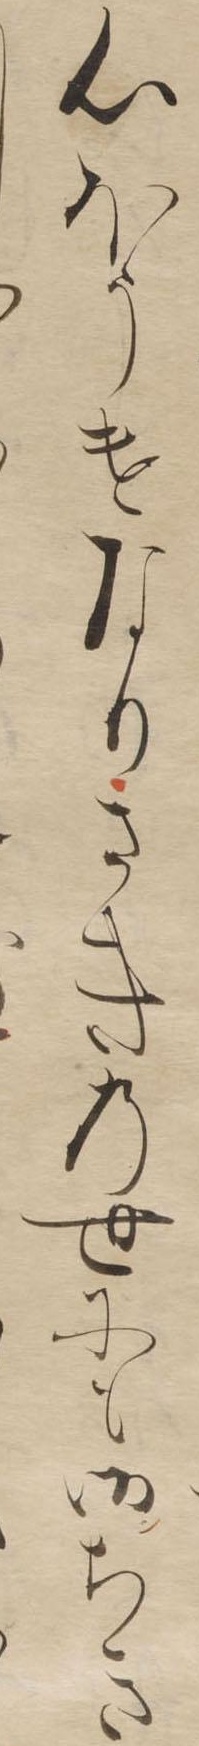
心ほそけなりさきの世にも御ちき